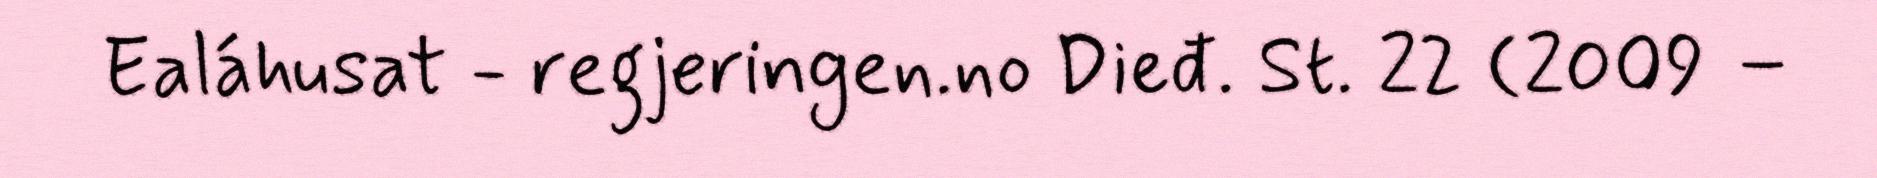
Ealáhusat - regjeringen.no Dieđ. St. 22 (2009 –